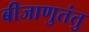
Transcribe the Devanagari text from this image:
बीजाणुतंतु